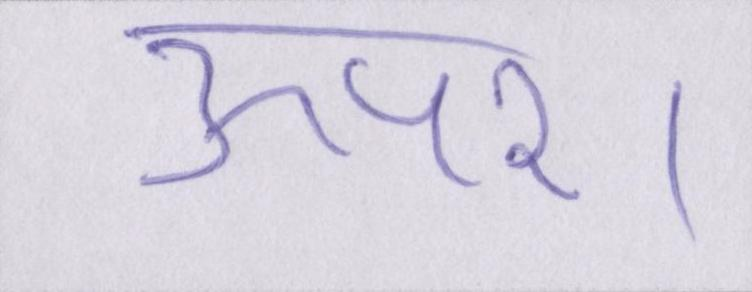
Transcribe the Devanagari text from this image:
ऊपर।